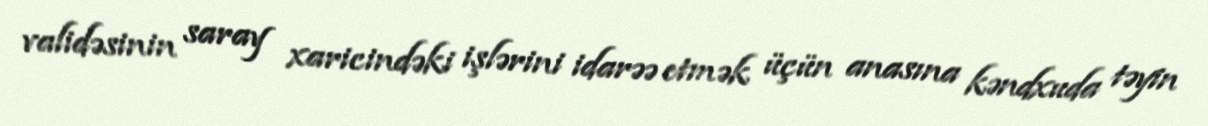
validəsinin saray xaricindəki işlərini idarəə etmək üçün anasına kəndxuda təyin